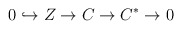
\begin{align*}0\hookrightarrow{}Z\rightarrow{}C\rightarrow{}C^{*}\rightarrow{}0\end{align*}